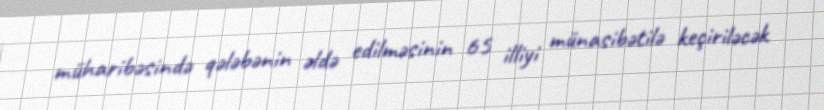
müharibəsində qələbənin əldə edilməsinin 65 illiyi münasibətilə keçiriləcək